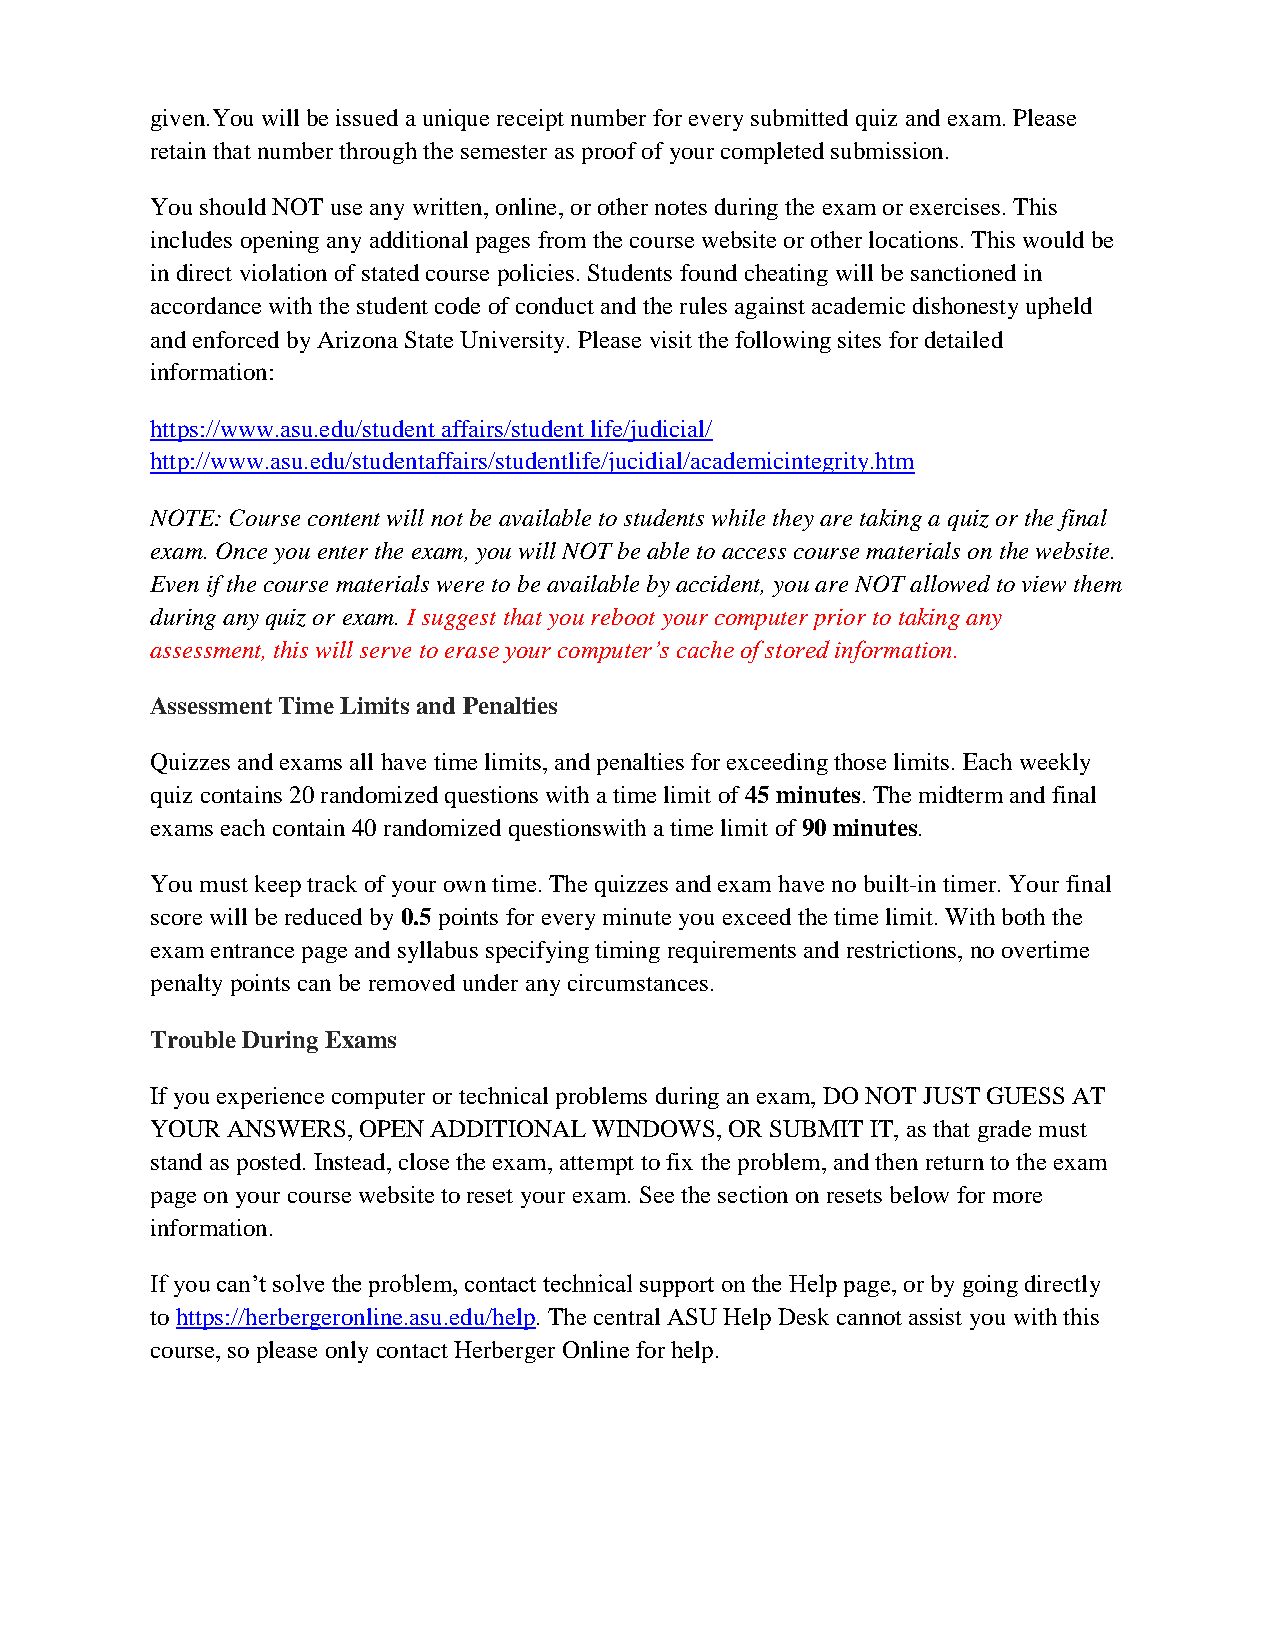
given.You will be issued a unique receipt number for every submitted quiz and exam. Please
 retain that number through the semester as proof of your completed submission.
 You should NOT use any written, online, or other notes during the exam or exercises. This
 includes opening any additional pages from the course website or other locations. This would be
 in direct violation of stated course policies. Students found cheating will be sanctioned in
 accordance with the student code of conduct and the rules against academic dishonesty upheld
 and enforced by Arizona State University. Please visit the following sites for detailed
 information:
 https://www.asu.edu/student affairs/student life/judicial/
 http://www.asu.edu/studentaffairs/studentlife/jucidial/academicintegrity.htm
 NOTE: Course content will not be available to students while they are taking a quiz or the final
 exam. Once you enter the exam, you will NOT be able to access course materials on the website.
 Even if the course materials were to be available by accident, you are NOT allowed to view them
 during any quiz or exam. I suggest that you reboot your computer prior to taking any
 assessment, this will serve to erase your computer‟s cache of stored information.
 Assessment Time Limits and Penalties
 Quizzes and exams all have time limits, and penalties for exceeding those limits. Each weekly
 quiz contains 20 randomized questions with a time limit of 45 minutes. The midterm and final
 exams each contain 40 randomized questionswith a time limit of 90 minutes.
 You must keep track of your own time. The quizzes and exam have no built-in timer. Your final
 score will be reduced by 0.5 points for every minute you exceed the time limit. With both the
 exam entrance page and syllabus specifying timing requirements and restrictions, no overtime
 penalty points can be removed under any circumstances.
 Trouble During Exams
 If you experience computer or technical problems during an exam, DO NOT JUST GUESS AT
 YOUR ANSWERS, OPEN ADDITIONAL WINDOWS, OR SUBMIT IT, as that grade must
 stand as posted. Instead, close the exam, attempt to fix the problem, and then return to the exam
 page on your course website to reset your exam. See the section on resets below for more
 information.
 If you can’t solve the problem, contact technical support on the Help page, or by going directly
 to https://herbergeronline.asu.edu/help. The central ASU Help Desk cannot assist you with this
 course, so please only contact Herberger Online for help.